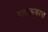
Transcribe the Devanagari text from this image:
ग्लाऊकास